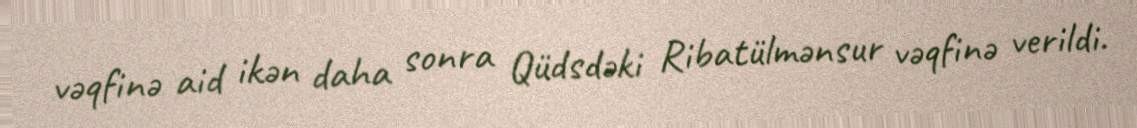
vəqfinə aid ikən daha sonra Qüdsdəki Ribatülmənsur vəqfinə verildi.